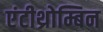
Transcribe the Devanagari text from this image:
एंटीथ्रोम्बिन